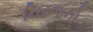
નિરજનો